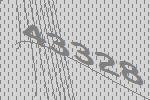
43328